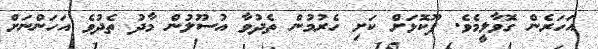
އަހަރެން ގޮވާލީމެވެ. ފޫކޮޅަށް ކަށި ހެރުމުން ތެދުވާ އުސޫލުން މާދު ތެދުވެ އަހަންނަށް